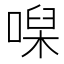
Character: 𠹠